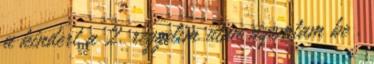
a kindert a 2. reggelim után nyomtam be .